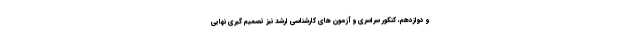
و دوازدهم، کنکور سراسری و آزمون های کارشناسی ارشد نیز تصمیم گیری نهایی